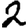
Digit: 2